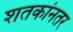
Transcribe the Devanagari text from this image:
शतकांनतर